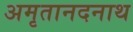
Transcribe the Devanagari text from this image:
अमृतानदनाथ